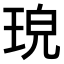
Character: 𤥰